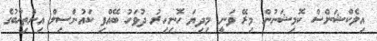
އިލެކްޝަންސް ކޮމިޝަނުން މިރޭ ވަނީ މިދިޔަ ހޮނިހިރު ދުވަހު ބޭއްވި ކައުންސިލް އިންތިޚާބުގެ